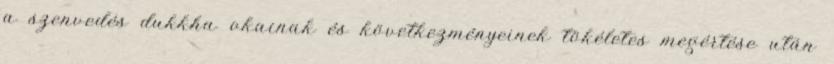
a szenvedés dukkha okainak és következményeinek tökéletes megértése után